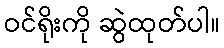
ဝင်ရိုးကို ဆွဲထုတ်ပါ။